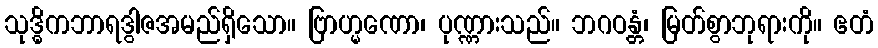
သုဒ္ဓိကဘာရဒွါဇအမည်ရှိသော။ ဗြာဟ္မဏော၊ ပုဏ္ဏားသည်။ ဘဂဝန္တံ၊ မြတ်စွာဘုရားကို။ ဧတံ